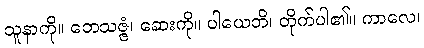
သူနာကို။ ဘေသဇ္ဇံ၊ ဆေးကို။ ပါယေတိ၊ တိုက်ပါ၏။ ကာလေ၊